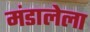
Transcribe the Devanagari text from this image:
मंडालेला